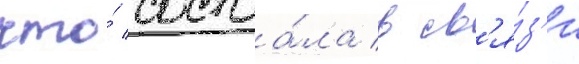
что́ состоа́ла в св'я́з'и